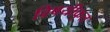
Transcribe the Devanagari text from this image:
विषयीकृत